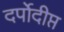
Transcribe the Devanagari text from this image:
दर्पोदीप्त